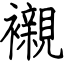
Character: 襯